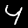
Label: 4